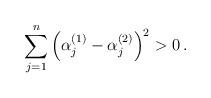
LaTeX: \begin{align*} \sum_{j=1}^n\left(\alpha_j^{(1)}-\alpha_j^{(2)}\right)^2>0\,.\end{align*}